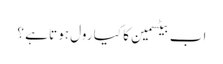
اب بیٹسمین کا کیا رول ہوتا ہے ؟